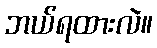
ဘယ်ရထားလဲ။